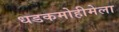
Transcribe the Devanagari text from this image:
धडकमोहीमेला